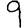
Digit: 9